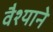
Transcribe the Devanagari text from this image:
वैश्याने